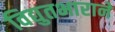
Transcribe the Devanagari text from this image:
विद्युतभाराने